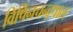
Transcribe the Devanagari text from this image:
विपिनचन्द्रपाल